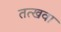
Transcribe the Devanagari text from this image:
तत्खवा